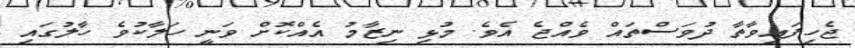
ޖެހިފައިވާތާ ދުވަސްތައް ވެއްޖެ އެވެ. މުޅި ނިޒާމު އެއްކޮށް ވަނީ ހަލާކުވެ ހާލުގައި